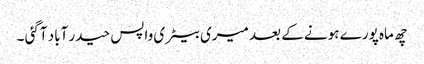
چھ ماہ پورے ہونے کے بعد میری بیٹری واپس حیدر آباد آگئی ۔